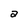
Character: a